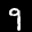
Label: 9